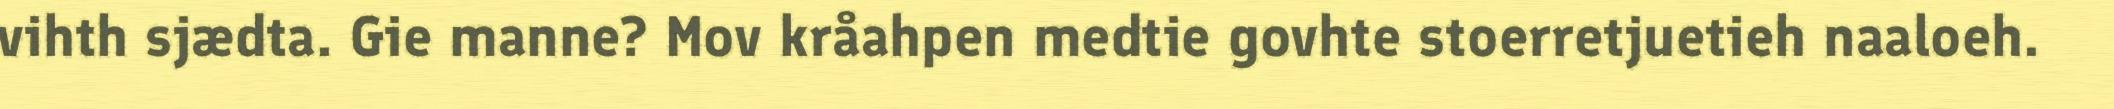
vihth sjædta. Gie manne? Mov kråahpen medtie govhte stoerretjuetieh naaloeh.